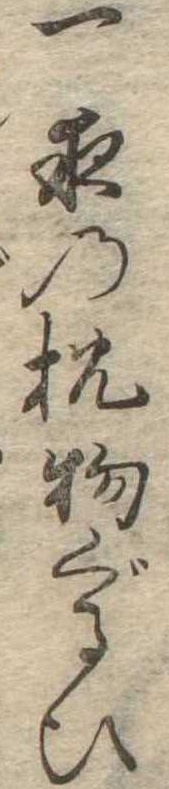
一夜の枕物ぐるひ